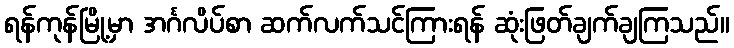
ရန်ကုန်မြို့မှာ အင်္ဂလိပ်စာ ဆက်လက်သင်ကြားရန် ဆုံးဖြတ်ချက်ချကြသည်။